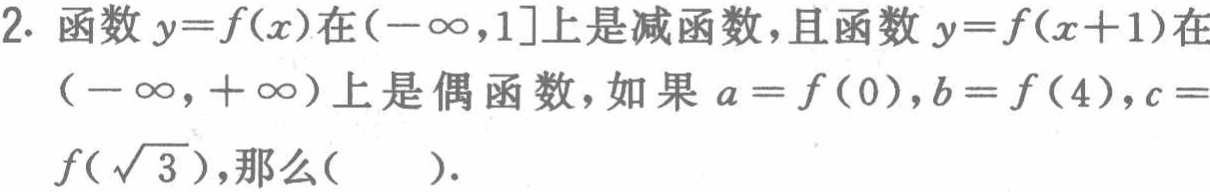
2. 函数$y = f(x)$在$(-\infty,1]$上是减函数，且函数$y = f(x + 1)$在$(-\infty,+\infty)$上是偶函数，如果$a = f(0)$，$b = f(4)$，$c = f(\sqrt{3})$，那么(  ).